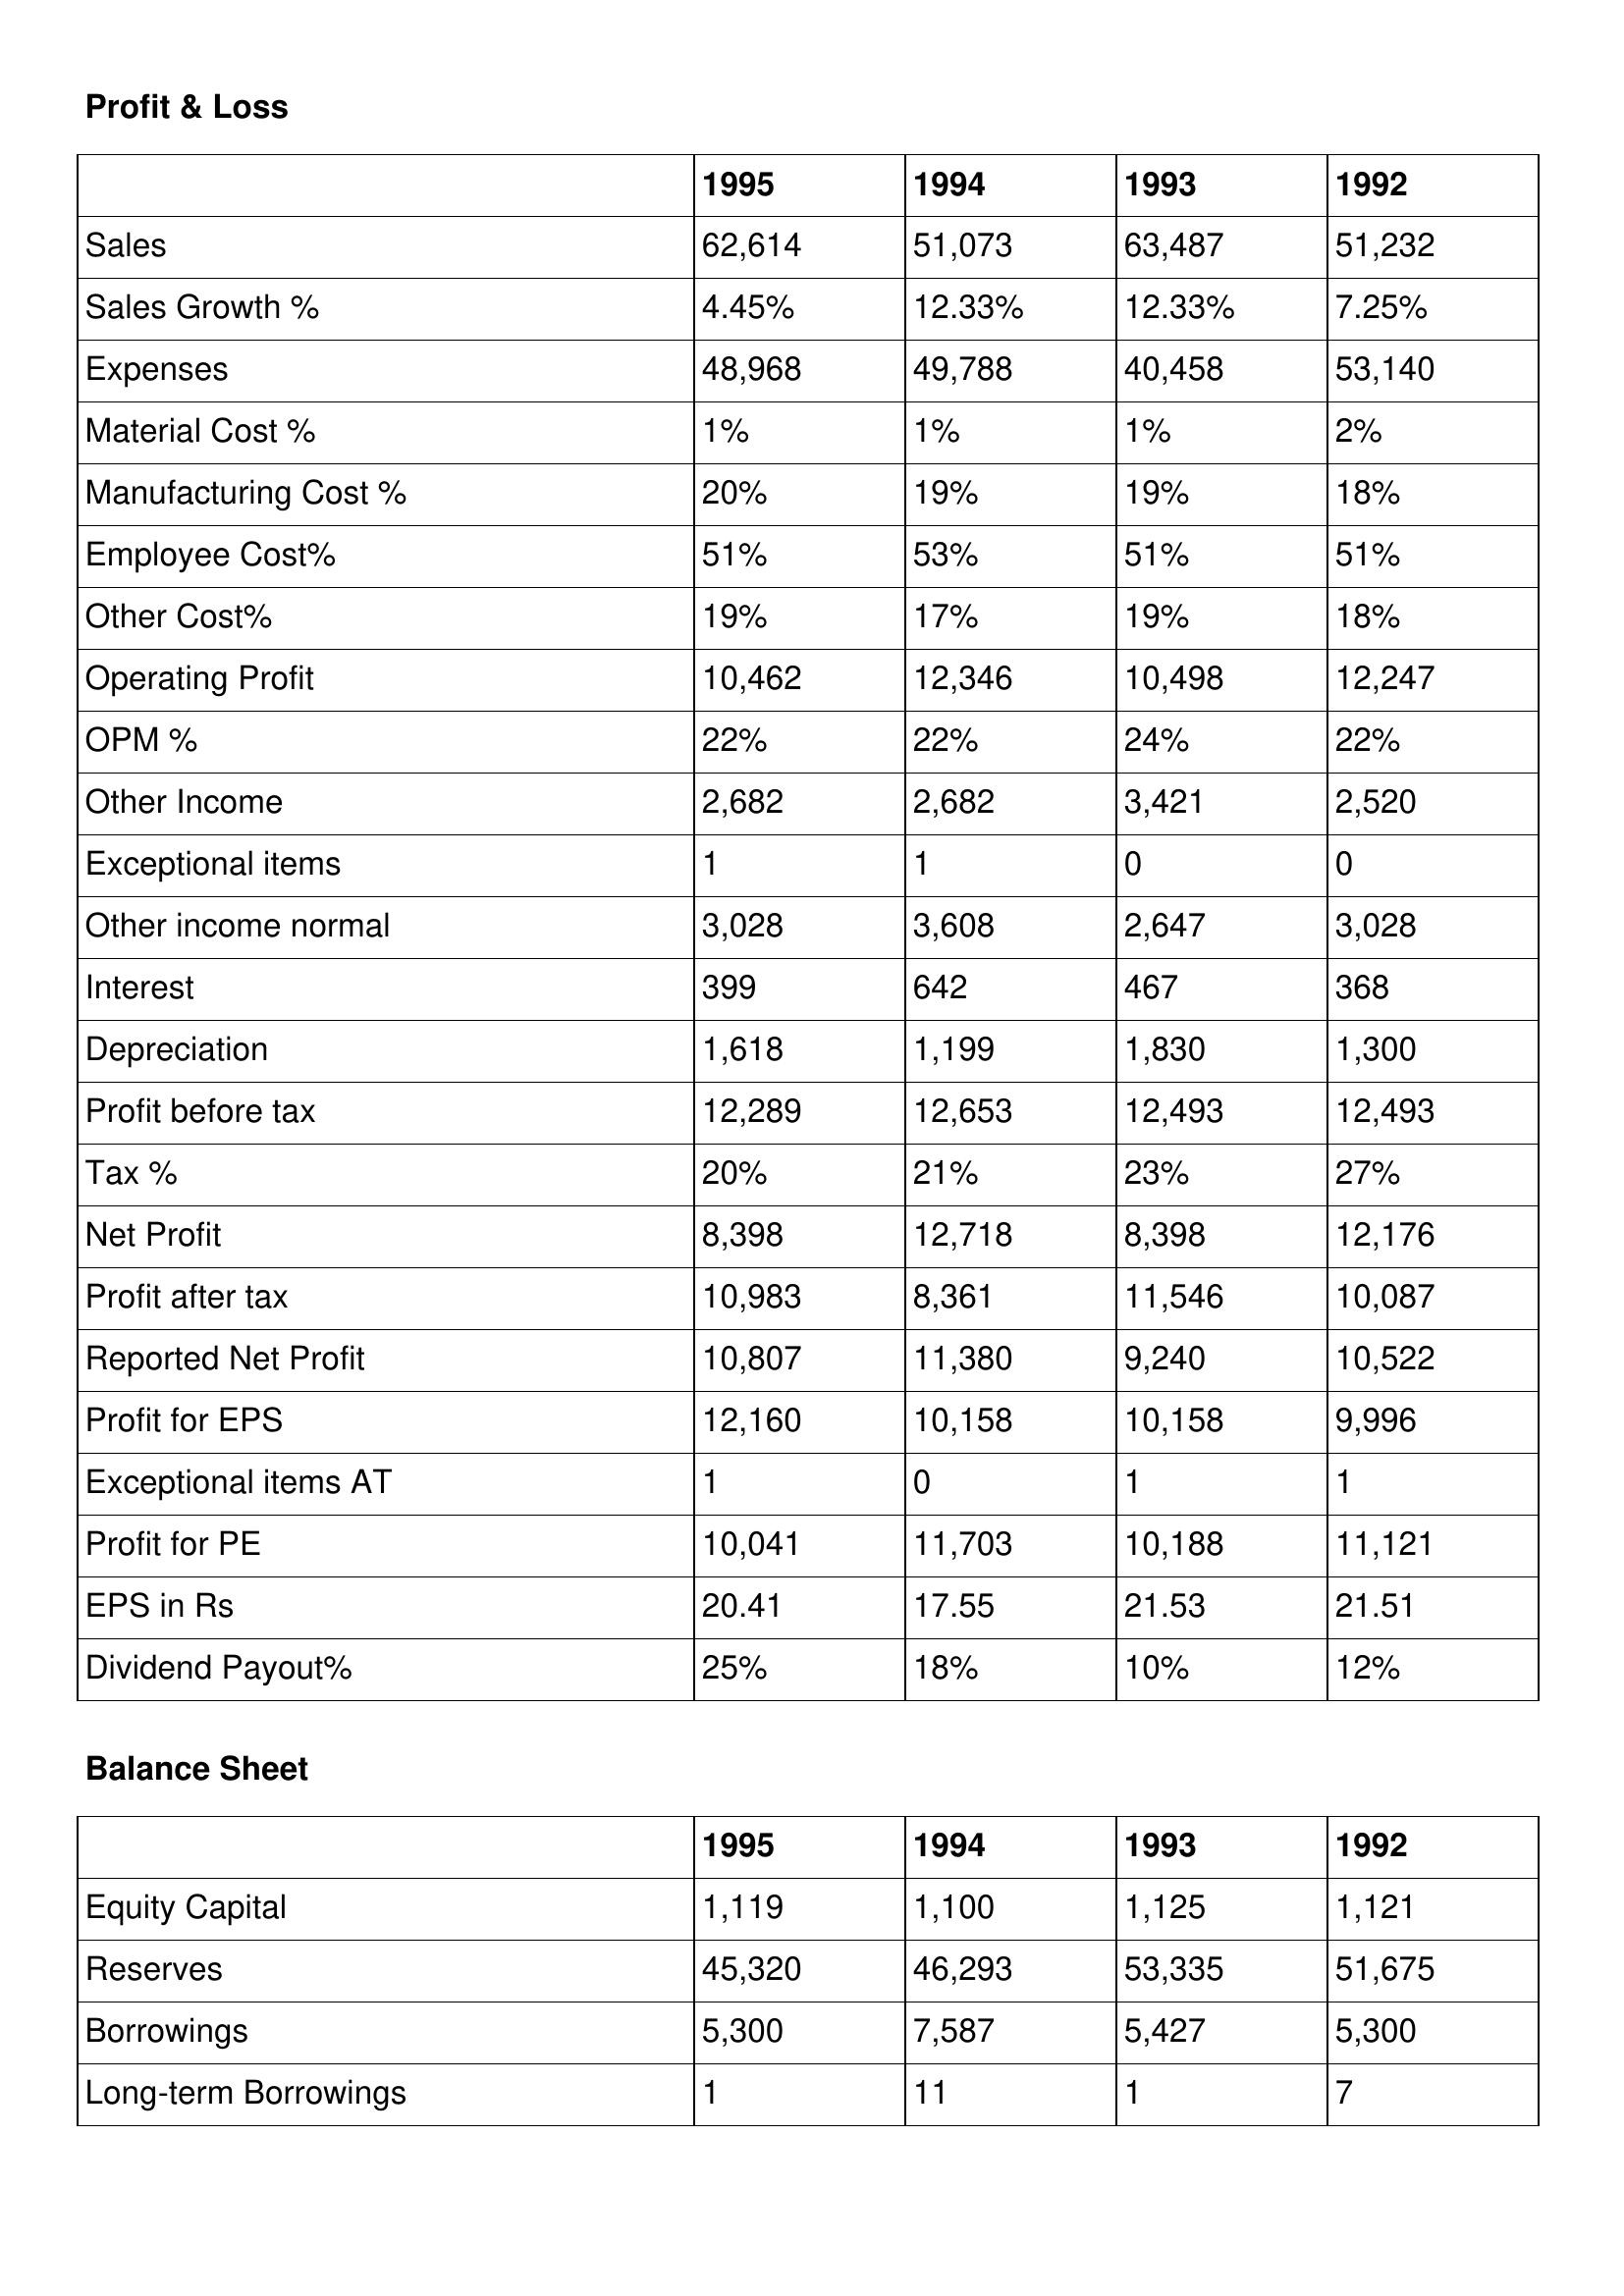
gt_parse: 1995: Profit & Loss: Sales: 62,614
Sales Growth %: 4.45%
Expenses: 48,968
Material Cost %: 1%
Manufacturing Cost %: 20%
Employee Cost%: 51%
Other Cost%: 19%
Operating Profit: 10,462
OPM %: 22%
Other Income: 2,682
Exceptional items: 1
Other income normal: 3,028
Interest: 399
Depreciation: 1,618
Profit before tax: 12,289
Tax %: 20%
Net Profit: 8,398
Profit after tax: 10,983
Reported Net Profit: 10,807
Profit for EPS: 12,160
Exceptional items AT: 1
Profit for PE: 10,041
EPS in Rs: 20.41
Dividend Payout%: 25%
Balance Sheet: Equity Capital: 1,119
Reserves: 45,320
Borrowings: 5,300
Long-term Borrowings: 1
1994: Profit & Loss: Sales: 51,073
Sales Growth %: 12.33%
Expenses: 49,788
Material Cost %: 1%
Manufacturing Cost %: 19%
Employee Cost%: 53%
Other Cost%: 17%
Operating Profit: 12,346
OPM %: 22%
Other Income: 2,682
Exceptional items: 1
Other income normal: 3,608
Interest: 642
Depreciation: 1,199
Profit before tax: 12,653
Tax %: 21%
Net Profit: 12,718
Profit after tax: 8,361
Reported Net Profit: 11,380
Profit for EPS: 10,158
Exceptional items AT: 0
Profit for PE: 11,703
EPS in Rs: 17.55
Dividend Payout%: 18%
Balance Sheet: Equity Capital: 1,100
Reserves: 46,293
Borrowings: 7,587
Long-term Borrowings: 11
1993: Profit & Loss: Sales: 63,487
Sales Growth %: 12.33%
Expenses: 40,458
Material Cost %: 1%
Manufacturing Cost %: 19%
Employee Cost%: 51%
Other Cost%: 19%
Operating Profit: 10,498
OPM %: 24%
Other Income: 3,421
Exceptional items: 0
Other income normal: 2,647
Interest: 467
Depreciation: 1,830
Profit before tax: 12,493
Tax %: 23%
Net Profit: 8,398
Profit after tax: 11,546
Reported Net Profit: 9,240
Profit for EPS: 10,158
Exceptional items AT: 1
Profit for PE: 10,188
EPS in Rs: 21.53
Dividend Payout%: 10%
Balance Sheet: Equity Capital: 1,125
Reserves: 53,335
Borrowings: 5,427
Long-term Borrowings: 1
1992: Profit & Loss: Sales: 51,232
Sales Growth %: 7.25%
Expenses: 53,140
Material Cost %: 2%
Manufacturing Cost %: 18%
Employee Cost%: 51%
Other Cost%: 18%
Operating Profit: 12,247
OPM %: 22%
Other Income: 2,520
Exceptional items: 0
Other income normal: 3,028
Interest: 368
Depreciation: 1,300
Profit before tax: 12,493
Tax %: 27%
Net Profit: 12,176
Profit after tax: 10,087
Reported Net Profit: 10,522
Profit for EPS: 9,996
Exceptional items AT: 1
Profit for PE: 11,121
EPS in Rs: 21.51
Dividend Payout%: 12%
Balance Sheet: Equity Capital: 1,121
Reserves: 51,675
Borrowings: 5,300
Long-term Borrowings: 7